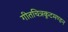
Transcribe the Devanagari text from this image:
गीतचित्रकूटमण्डन